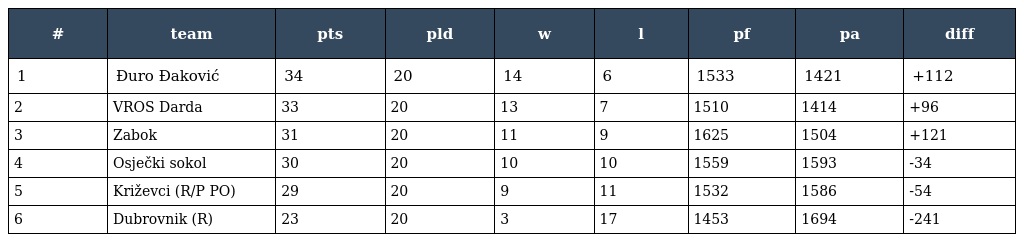
| # | team | pts | pld | w | l | pf | pa | diff |
 | --- | --- | --- | --- | --- | --- | --- | --- | --- |
 | 1 | Đuro Đaković | 34 | 20 | 14 | 6 | 1533 | 1421 | +112 |
 | 2 | VROS Darda | 33 | 20 | 13 | 7 | 1510 | 1414 | +96 |
 | 3 | Zabok | 31 | 20 | 11 | 9 | 1625 | 1504 | +121 |
 | 4 | Osječki sokol | 30 | 20 | 10 | 10 | 1559 | 1593 | -34 |
 | 5 | Križevci (R/P PO) | 29 | 20 | 9 | 11 | 1532 | 1586 | -54 |
 | 6 | Dubrovnik (R) | 23 | 20 | 3 | 17 | 1453 | 1694 | -241 |